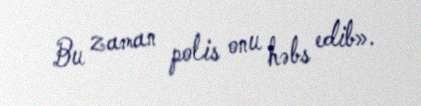
Bu zaman polis onu həbs edib».